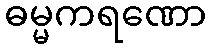
ဓမ္မကရဏော